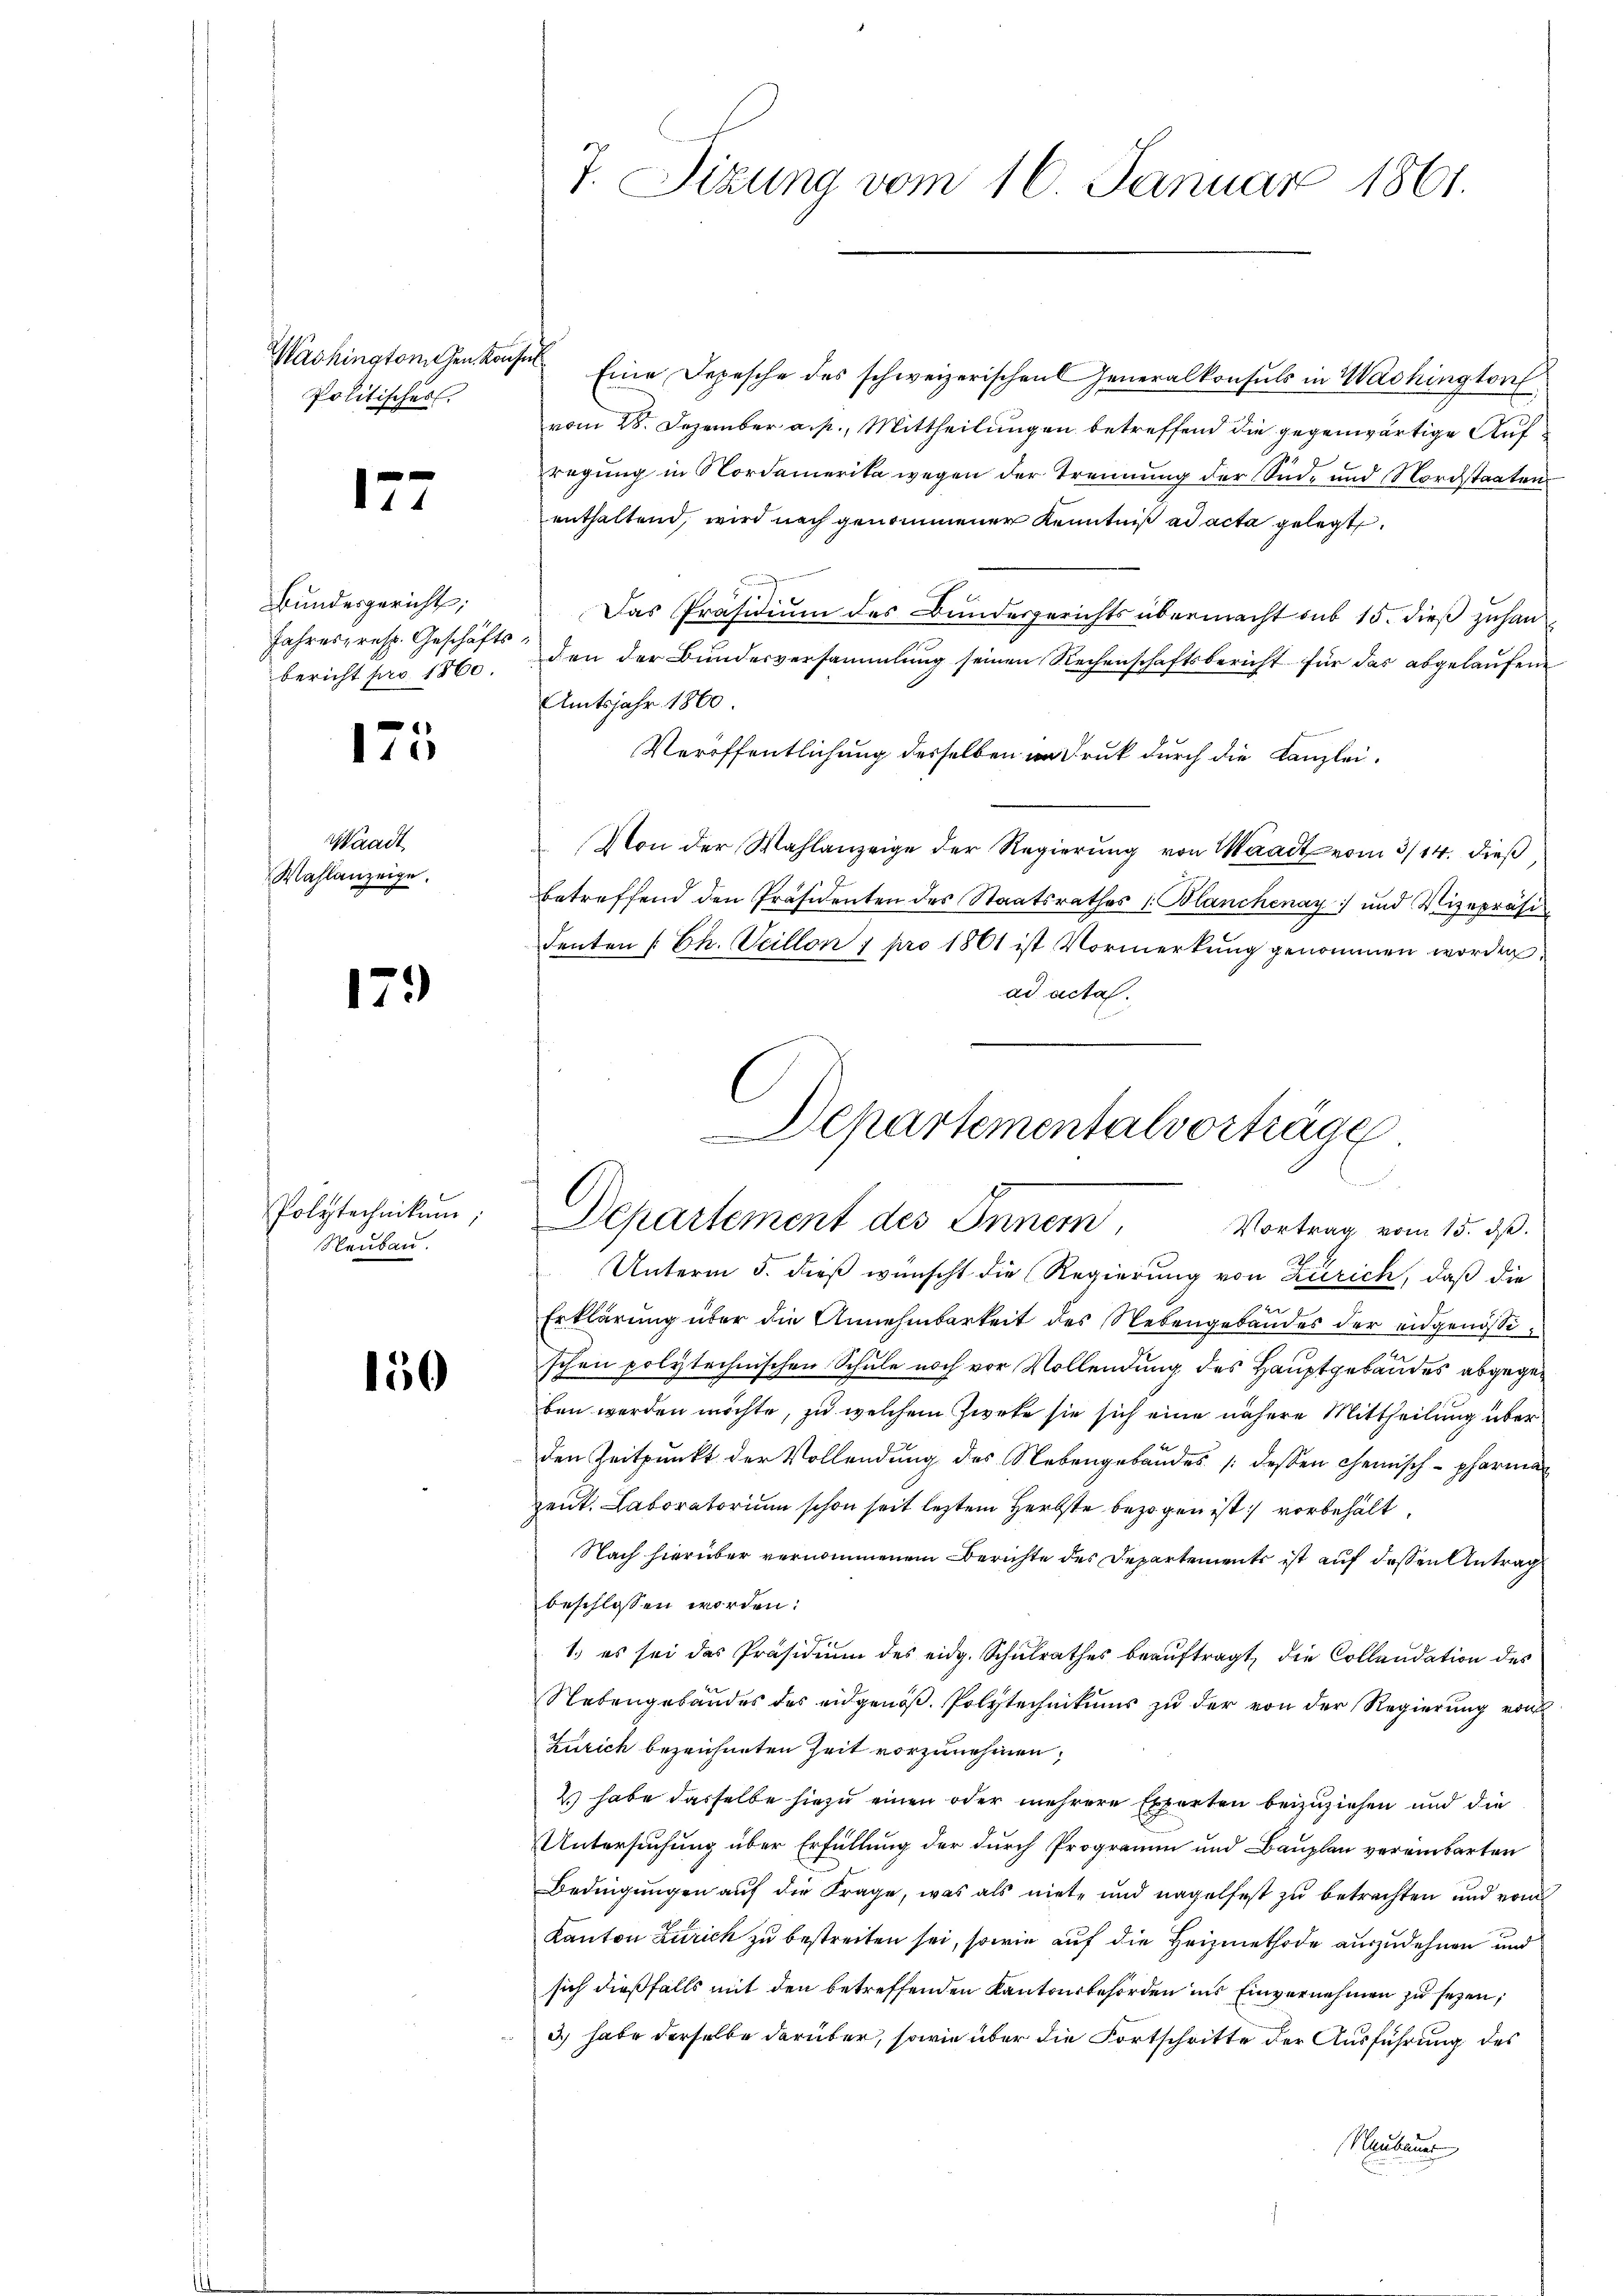
Washington Gen. Konsul
Politisches.

1

Bundesgericht;
Jahres resp. Geschäftsbericht pro 1860.

175

aadt
Wahlanzeige.

179

Polytechnikum,
Neubau.

150

Eine Depesche des schweizerischen Generalkonsuls in Washington
vom 28. Dezember a. p., Mittheilungen betreffend die gegenwärtige Aufregung in Nordamerika wegen der Trennung der Süd- und Nordstaaten
enthaltend, wird nach genommener Kenntniß ad acta gelegt.
Das Präsidium des Bundesgerichts übermacht sub 15. dieß zuhanden der Bundesversammlung seinen Rechenschaftsbericht für das abgelaufene
Amtsjahr 1860
Veröffentlichung desselben andruck durch die Kanzlei¬
Von der Wahlanzeige der Regierung von Waadt vom 3/14. dieß
betreffend den Präsidenten des Staatsrathes (Blanchenay) und Vizepräsi¬
Fenten /: Ch. Scillon pro 1861 ist Vormerkung genommen worden,
ad acta.
Departementalvorträge

7. Sizung vom 16. Januar 1861.

e
Departement des Innern,
Vortrag vom 15. d.

Unterm 5. dieß wünscht die Regierung von Zürich, daß die
x
Erklärung über die Annehmbarkeit des Nebengebäudes der eidgenössischen polytechnischen Schule noch vor Vollendung des Hauptgebäudes abgegeben werden möchte, zu welchem Zweke sie sich eine nähere Mittheilung über
den Zeitpunkt der Vollendung des Nebengebäudes (dessen chemisch - pharmazent. Laboratorium schon seit letztem Herbste bezogen ist vorbehält,
Nach hierüber vernommenem Berichte des Departemente ist auf dessen Antrag
beschlossen worden:
1.) es sei das Präsidium des eidg. Schulrathes beauftragt, die Collaudation des
Nebengebäudes des eidgenöß. Polytechnikums zu der von der Regierung von
Zürich bezeichneten Zeit vorzunehmen,
2 habe dasselbe hiezu einen oder mehrere Experten beizuziehen und die
Untersuchung über Erfüllung der durch Programm und Bauplan vereinbarten
Bedingungen auf die Frage, was als niete und nagelfest zu betrachten und vom
Kanton Zürich zu bestreiten sei, sowie auf die Heizmethode auszudehnen und
sich dießfalls mit den betreffenden Kantonsbehörden ins Einvernehmen zu sezen,
3) habe derselbe darüber, sowie über die Fortschritte der Ausführung des
Naubauer